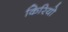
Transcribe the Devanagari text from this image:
किरियो